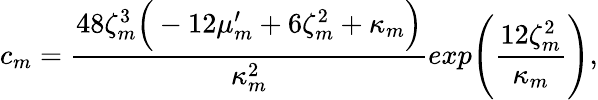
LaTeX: c_{m}=\frac{48\zeta_{m}^{3}\Big(-12\mu_{m}^{\prime}+6\zeta_{m}^{2}+\kappa_{m}\Big)}{\kappa_{m}^{2}}exp\Bigg(\frac{12\zeta_{m}^{2}}{\kappa_{m}}\Bigg),